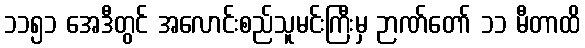
၁၁၅၁ အေဒီတွင် အလောင်းစည်သူမင်းကြီးမှ ဉာဏ်တော် ၁၁ မီတာထိ